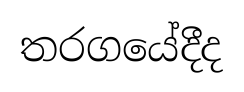
තරගයේදීද